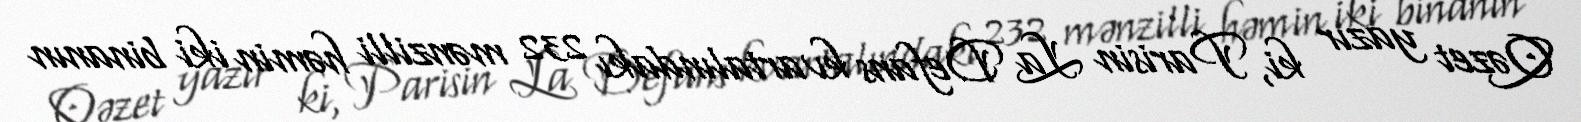
Qəzet yazır ki, Parisin La Defans kvartalındakı 232 mənzilli həmin iki binanın